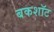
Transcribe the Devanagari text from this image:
बकशॉट